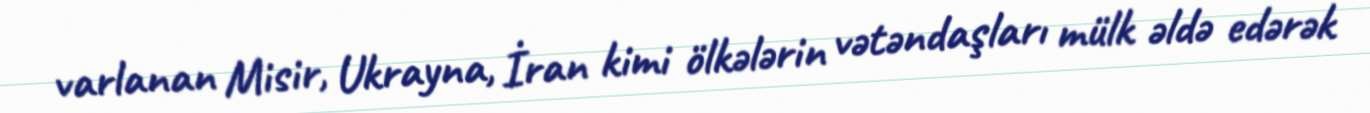
varlanan Misir, Ukrayna, İran kimi ölkələrin vətəndaşları mülk əldə edərək